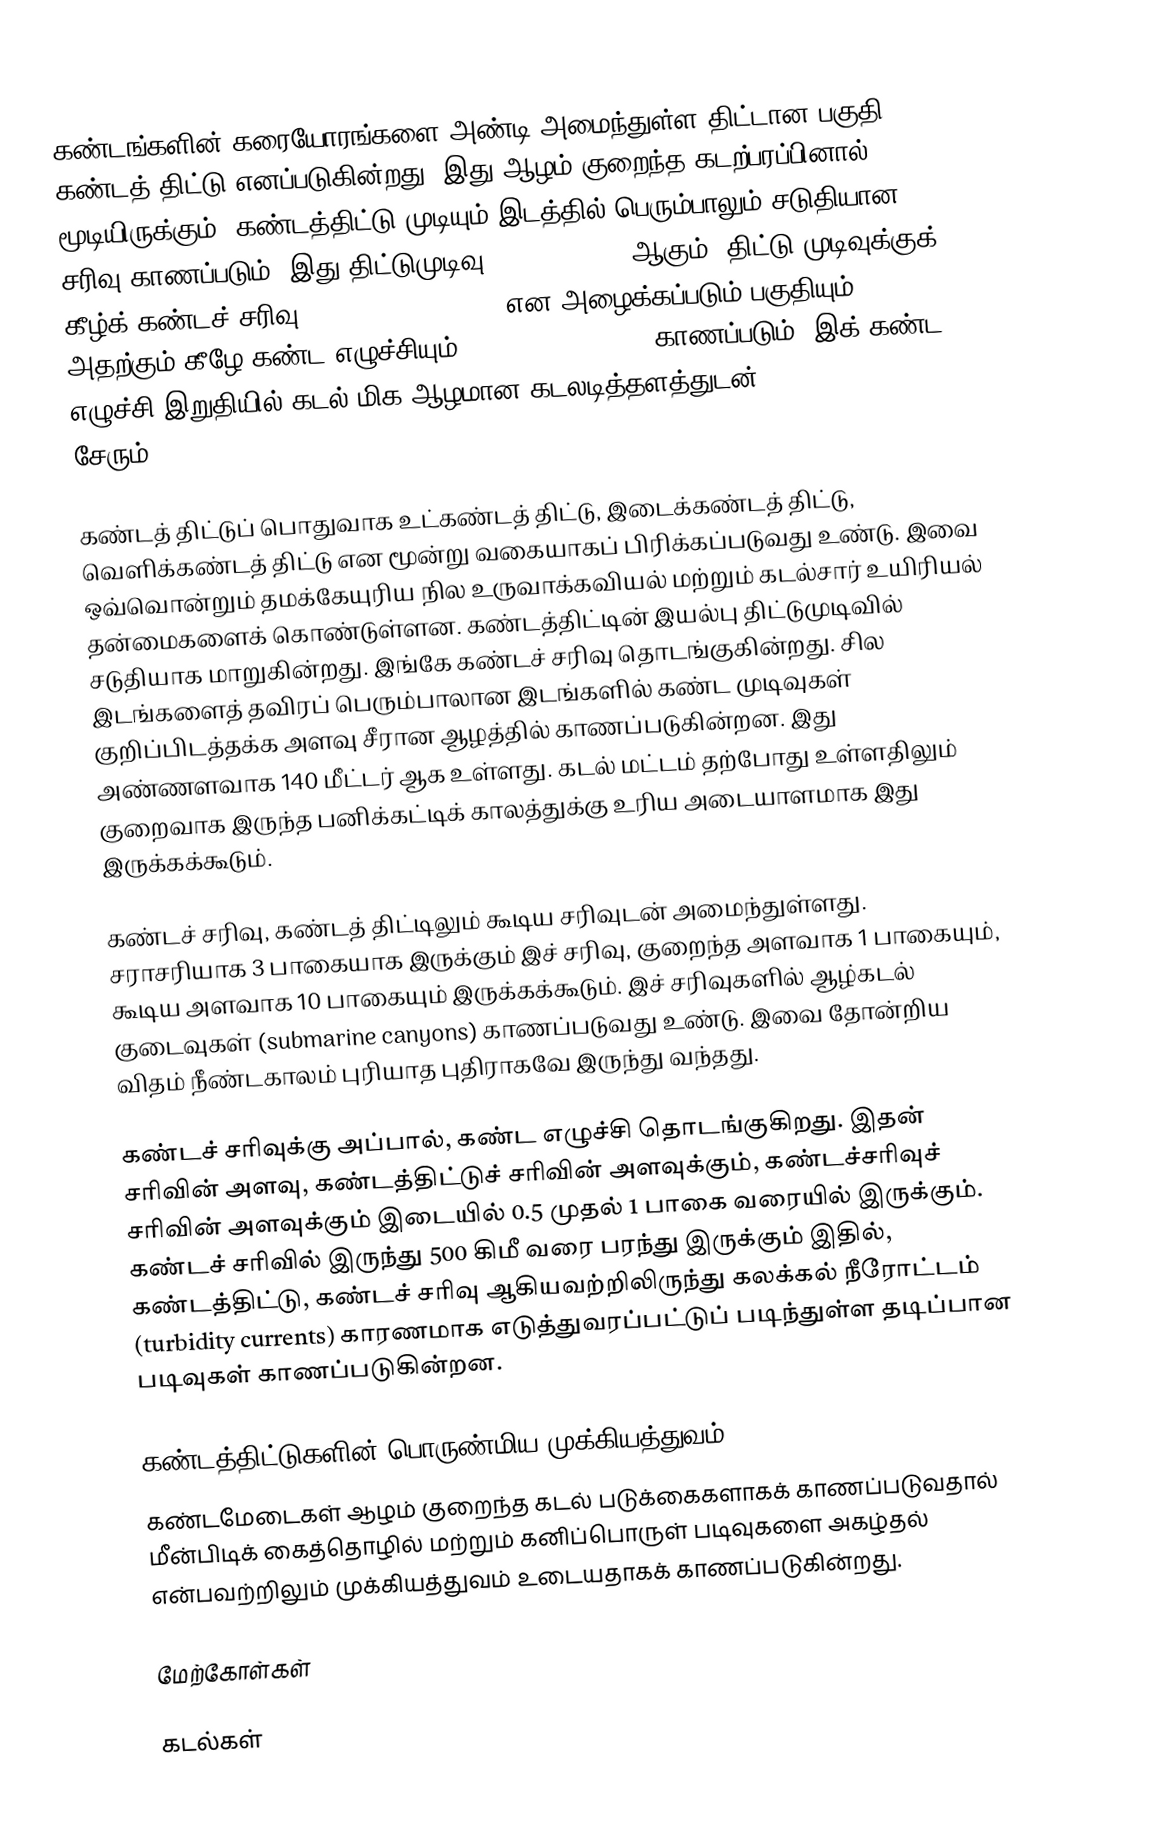
கண்டங்களின் கரையோரங்களை அண்டி அமைந்துள்ள திட்டான பகுதி கண்டத் திட்டு எனப்படுகின்றது. இது ஆழம் குறைந்த கடற்பரப்பினால் மூடியிருக்கும். கண்டத்திட்டு முடியும் இடத்தில் பெரும்பாலும் சடுதியான சரிவு காணப்படும். இது திட்டுமுடிவு (shelf break) ஆகும். திட்டு முடிவுக்குக் கீழ்க் கண்டச் சரிவு (continental slope) என அழைக்கப்படும் பகுதியும் அதற்கும் கீழே கண்ட எழுச்சியும் (continental rise) காணப்படும். இக் கண்ட எழுச்சி இறுதியில் கடல் மிக ஆழமான கடலடித்தளத்துடன் (abyssal plain) சேரும்.

கண்டத் திட்டுப் பொதுவாக உட்கண்டத் திட்டு, இடைக்கண்டத் திட்டு, வெளிக்கண்டத் திட்டு என மூன்று வகையாகப் பிரிக்கப்படுவது உண்டு. இவை ஒவ்வொன்றும் தமக்கேயுரிய நில உருவாக்கவியல் மற்றும் கடல்சார் உயிரியல் தன்மைகளைக் கொண்டுள்ளன. கண்டத்திட்டின் இயல்பு திட்டுமுடிவில் சடுதியாக மாறுகின்றது. இங்கே கண்டச் சரிவு தொடங்குகின்றது. சில இடங்களைத் தவிரப் பெரும்பாலான இடங்களில் கண்ட முடிவுகள் குறிப்பிடத்தக்க அளவு சீரான ஆழத்தில் காணப்படுகின்றன. இது அண்ணளவாக 140 மீட்டர் ஆக உள்ளது. கடல் மட்டம் தற்போது உள்ளதிலும் குறைவாக இருந்த பனிக்கட்டிக் காலத்துக்கு உரிய அடையாளமாக இது இருக்கக்கூடும்.

கண்டச் சரிவு, கண்டத் திட்டிலும் கூடிய சரிவுடன் அமைந்துள்ளது. சராசரியாக 3 பாகையாக இருக்கும் இச் சரிவு, குறைந்த அளவாக 1 பாகையும், கூடிய அளவாக 10 பாகையும் இருக்கக்கூடும். இச் சரிவுகளில் ஆழ்கடல் குடைவுகள் (submarine canyons) காணப்படுவது உண்டு. இவை தோன்றிய விதம் நீண்டகாலம் புரியாத புதிராகவே இருந்து வந்தது.

கண்டச் சரிவுக்கு அப்பால், கண்ட எழுச்சி தொடங்குகிறது. இதன் சரிவின் அளவு, கண்டத்திட்டுச் சரிவின் அளவுக்கும், கண்டச்சரிவுச் சரிவின் அளவுக்கும் இடையில் 0.5 முதல் 1 பாகை வரையில் இருக்கும். கண்டச் சரிவில் இருந்து 500 கிமீ வரை பரந்து இருக்கும் இதில், கண்டத்திட்டு, கண்டச் சரிவு ஆகியவற்றிலிருந்து கலக்கல் நீரோட்டம் (turbidity currents) காரணமாக எடுத்துவரப்பட்டுப் படிந்துள்ள தடிப்பான படிவுகள் காணப்படுகின்றன.

கண்டத்திட்டுகளின் பொருண்மிய முக்கியத்துவம்
கண்டமேடைகள் ஆழம் குறைந்த கடல் படுக்கைகளாகக் காணப்படுவதால் மீன்பிடிக் கைத்தொழில் மற்றும் கனிப்பொருள் படிவுகளை அகழ்தல் என்பவற்றிலும் முக்கியத்துவம் உடையதாகக் காணப்படுகின்றது.

மேற்கோள்கள்

கடல்கள்